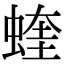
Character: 蝰